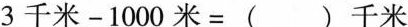
$$3 千 米 - 1 0 0 0 米 =( ) 千 米$$